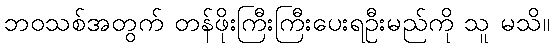
ဘဝသစ်အတွက် တန်ဖိုးကြီးကြီးပေးရဦးမည်ကို သူ မသိ။